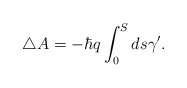
\begin{align*}\triangle A=-\hbar q\int_0^Sds\gamma ^{\prime }.\end{align*}